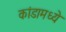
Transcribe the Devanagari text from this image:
कांडामध्ये